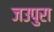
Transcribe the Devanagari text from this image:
जउपुरा